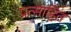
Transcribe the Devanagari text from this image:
प्रत्साहित